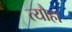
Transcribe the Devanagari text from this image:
त्यौहा